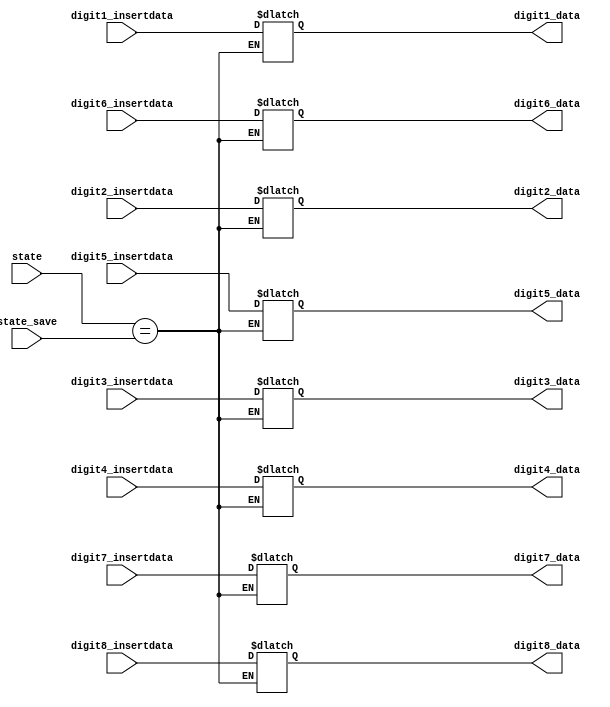
module data_saver(
input [2:0] state,
input [2:0] state_save,

input [3:0] digit1_insertdata,
input [3:0] digit2_insertdata,
input [3:0] digit3_insertdata,
input [3:0] digit4_insertdata,
input [3:0] digit5_insertdata,
input [3:0] digit6_insertdata,
input [3:0] digit7_insertdata,
input [3:0] digit8_insertdata,

output reg [3:0] digit1_data,
output reg [3:0] digit2_data,
output reg [3:0] digit3_data,
output reg [3:0] digit4_data,
output reg [3:0] digit5_data,
output reg [3:0] digit6_data,
output reg [3:0] digit7_data,
output reg [3:0] digit8_data
);

always@ (*)
begin
	case(state)
		state_save:
		begin
			digit1_data <= digit1_insertdata;
			digit2_data <= digit2_insertdata;
			digit3_data <= digit3_insertdata;
			digit4_data <= digit4_insertdata;
			digit5_data <= digit5_insertdata;
			digit6_data <= digit6_insertdata;
			digit7_data <= digit7_insertdata;
			digit8_data <= digit8_insertdata;
		end
		default:
		begin
			digit1_data <= digit1_data;
			digit2_data <= digit2_data;
			digit3_data <= digit3_data;
			digit4_data <= digit4_data;
			digit5_data <= digit5_data;
			digit6_data <= digit6_data;
			digit7_data <= digit7_data;
			digit8_data <= digit8_data;
		end
	endcase
end

endmodule